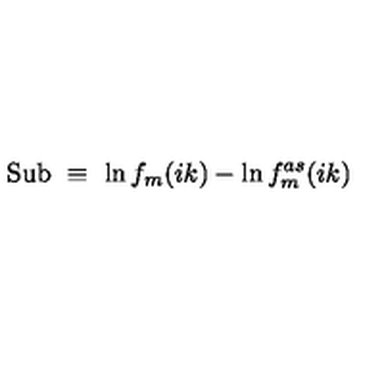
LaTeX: \mathrm { S u b } \ \equiv \ \ln f _ { m } ( i k ) - \ln f _ { m } ^ { a s } ( i k )